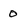
Character: o